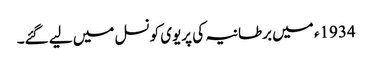
1934ء میں برطانیہ کی پریوی کونسل میں لیے گئے۔